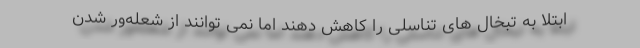
ابتلا به تبخال های تناسلی را کاهش دهند اما نمی توانند از شعله‌ور شدن